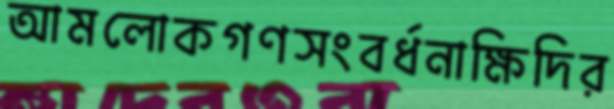
আমলোকগণসংবর্ধনাক্ষিদির